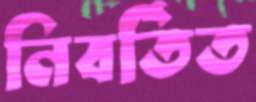
নিবর্তিত